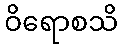
ဝိရောစသိ